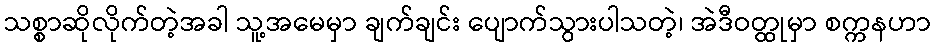
သစ္စာဆိုလိုက်တဲ့အခါ သူ့အမေမှာ ချက်ချင်း ပျောက်သွားပါသတဲ့၊ အဲဒီဝတ္ထုမှာ စက္ကနဟာ